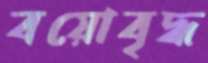
বয়োবৃদ্ধ